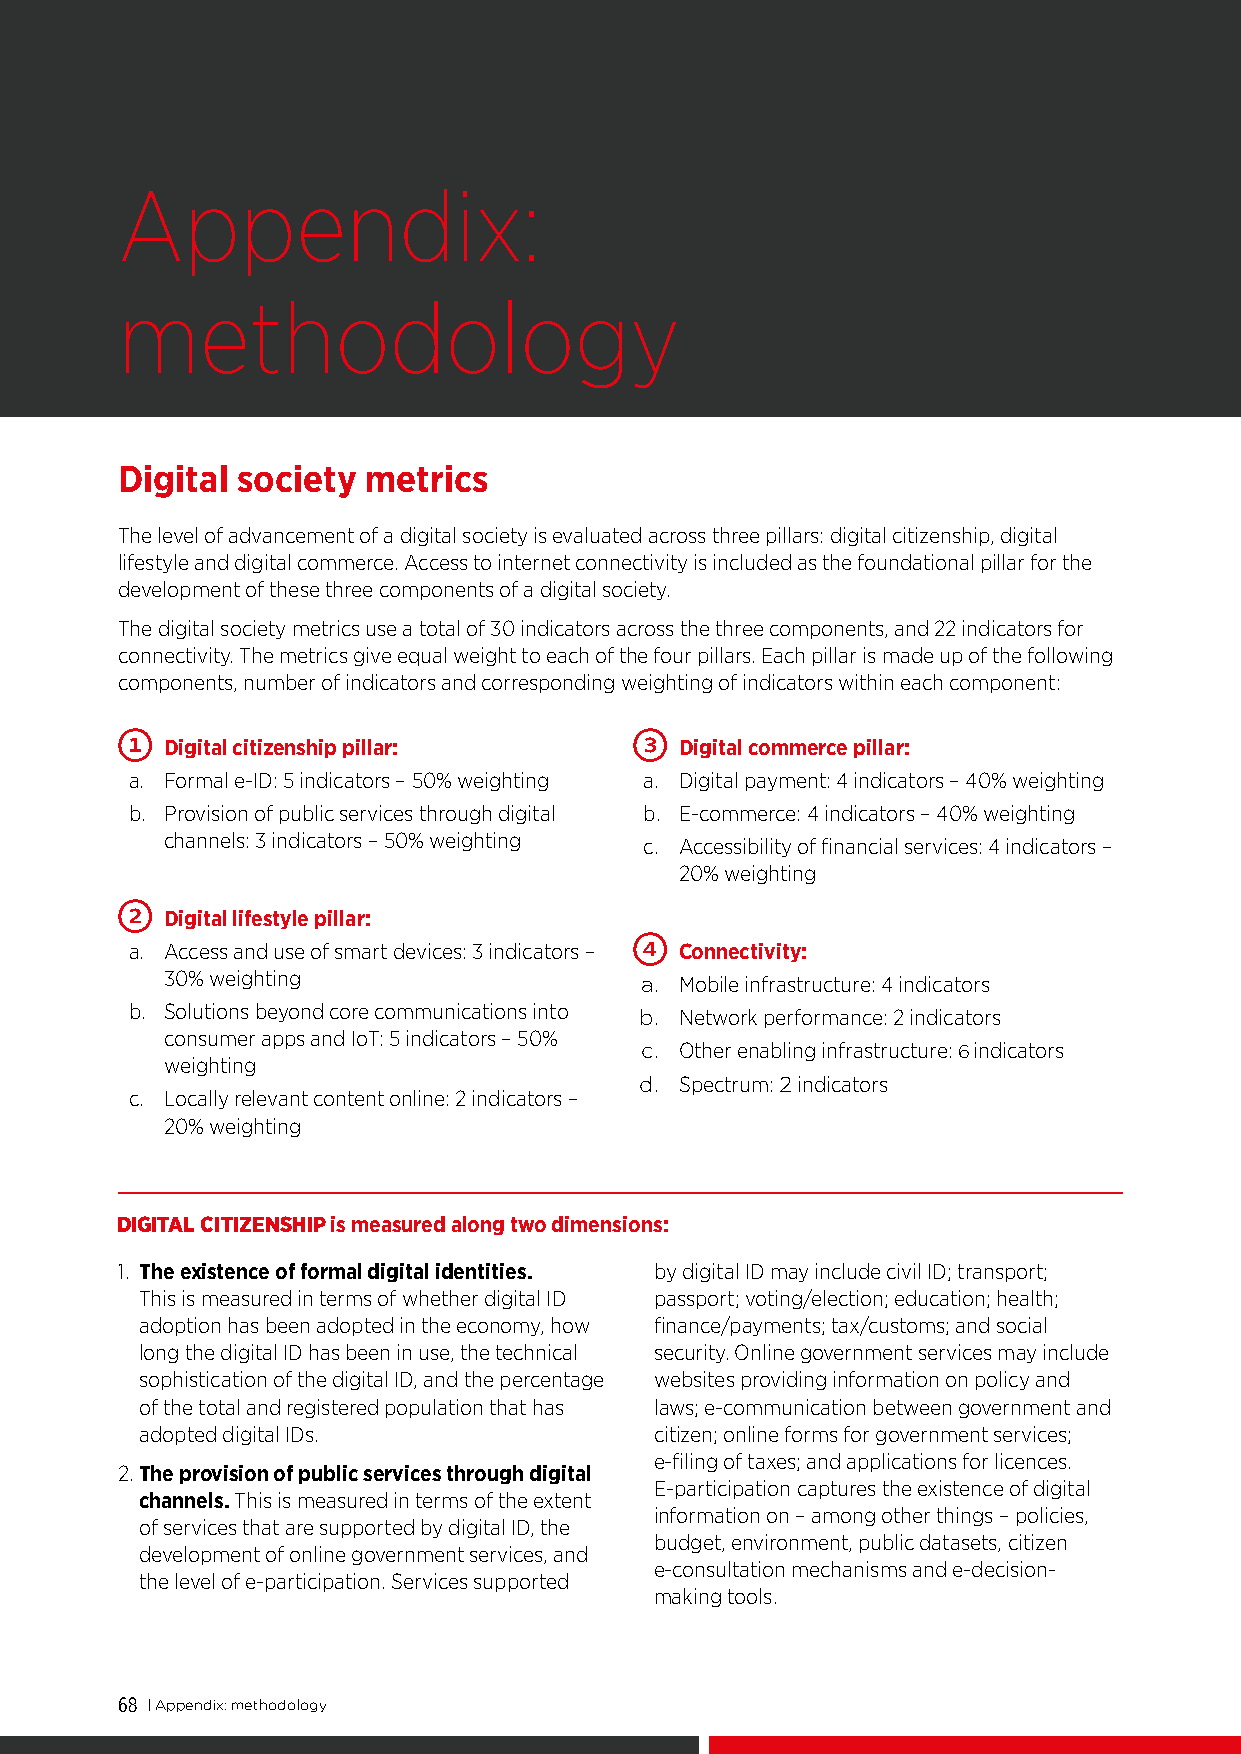
ADVANCING DIGITAL SOCIETIES IN ASIA
 Appendix:
 methodology
 Digital society metrics
 The level of advancement of a digital society is evaluated across three pillars: digital citizenship, digital
 lifestyle and digital commerce. Access to internet connectivity is included as the foundational pillar for the
 development of these three components of a digital society.
 The digital society metrics use a total of 30 indicators across the three components, and 22 indicators for
 connectivity. The metrics give equal weight to each of the four pillars. Each pillar is made up of the following
 components, number of indicators and corresponding weighting of indicators within each component:
 1                                 3
 Digital citizenship pillar:       Digital commerce pillar:
 a. Formal e-ID: 5 indicators – 50% weighting a. Digital payment: 4 indicators – 40% weighting
 b. Provision of public services through digital b. E-commerce: 4 indicators – 40% weighting
 channels: 3 indicators – 50% weighting c. Accessibility of financial services: 4 indicators –
 20% weighting
 2
 Digital lifestyle pillar:
 4
 a. Access and use of smart devices: 3 indicators – Connectivity:
 30% weighting                  a. Mobile infrastructure: 4 indicators
 b. Solutions beyond core communications into b. Network performance: 2 indicators
 consumer apps and IoT: 5 indicators – 50%
 c. Other enabling infrastructure: 6 indicators
 weighting
 d. Spectrum: 2 indicators
 c. Locally relevant content online: 2 indicators –
 20% weighting
 DIGITAL CITIZENSHIP is measured along two dimensions:
 1. The existence of formal digital identities. by digital ID may include civil ID; transport;
 This is measured in terms of whether digital ID passport; voting/election; education; health;
 adoption has been adopted in the economy, how finance/payments; tax/customs; and social
 long the digital ID has been in use, the technical security. Online government services may include
 sophistication of the digital ID, and the percentage websites providing information on policy and
 of the total and registered population that has laws; e-communication between government and
 adopted digital IDs.              citizen; online forms for government services;
 e-filing of taxes; and applications for licences.
 2.The provision of public services through digital
 E-participation captures the existence of digital
 channels. This is measured in terms of the extent
 information on – among other things – policies,
 of services that are supported by digital ID, the
 budget, environment, public datasets, citizen
 development of online government services, and
 e-consultation mechanisms and e-decision-
 the level of e-participation. Services supported
 making tools.
 68 | Appendix: methodology